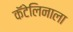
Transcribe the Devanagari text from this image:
कॅटेलिनाला